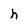
Character: h